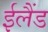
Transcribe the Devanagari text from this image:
ईलैंड